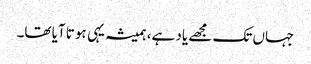
جہاں تک مجھے یاد ہے، ہمیشہ یہی ہوتا آیا تھا۔